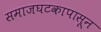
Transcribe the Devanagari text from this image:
समाजघटकापासून